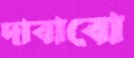
দাবাবো